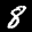
Label: 8